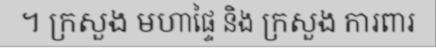
។ ក្រសួង មហាផ្ទៃ និង ក្រសួង ការពារ